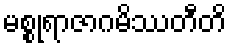
မစ္စုရာဇာဂမိဿတီတိ